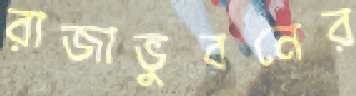
রাজাভুবনের